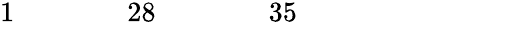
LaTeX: \begin{array}{ccccccccccccccccc}{{1}}&{{}}&{{}}&{{}}&{{28}}&{{}}&{{}}&{{}}&{{35}}&{{}}&{{}}&{{}}&{{}}&{{}}&{{}}&{{}}&{{}}\end{array}